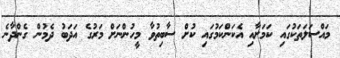
މައްސަލަތަކުގައި ކަމަށާއި އެކަންކަމުގައި ކުށް ސާބިތުވާ މީހުންނަށް މަރުގެ އަދަބު ދެމުން ގެންދާނެ